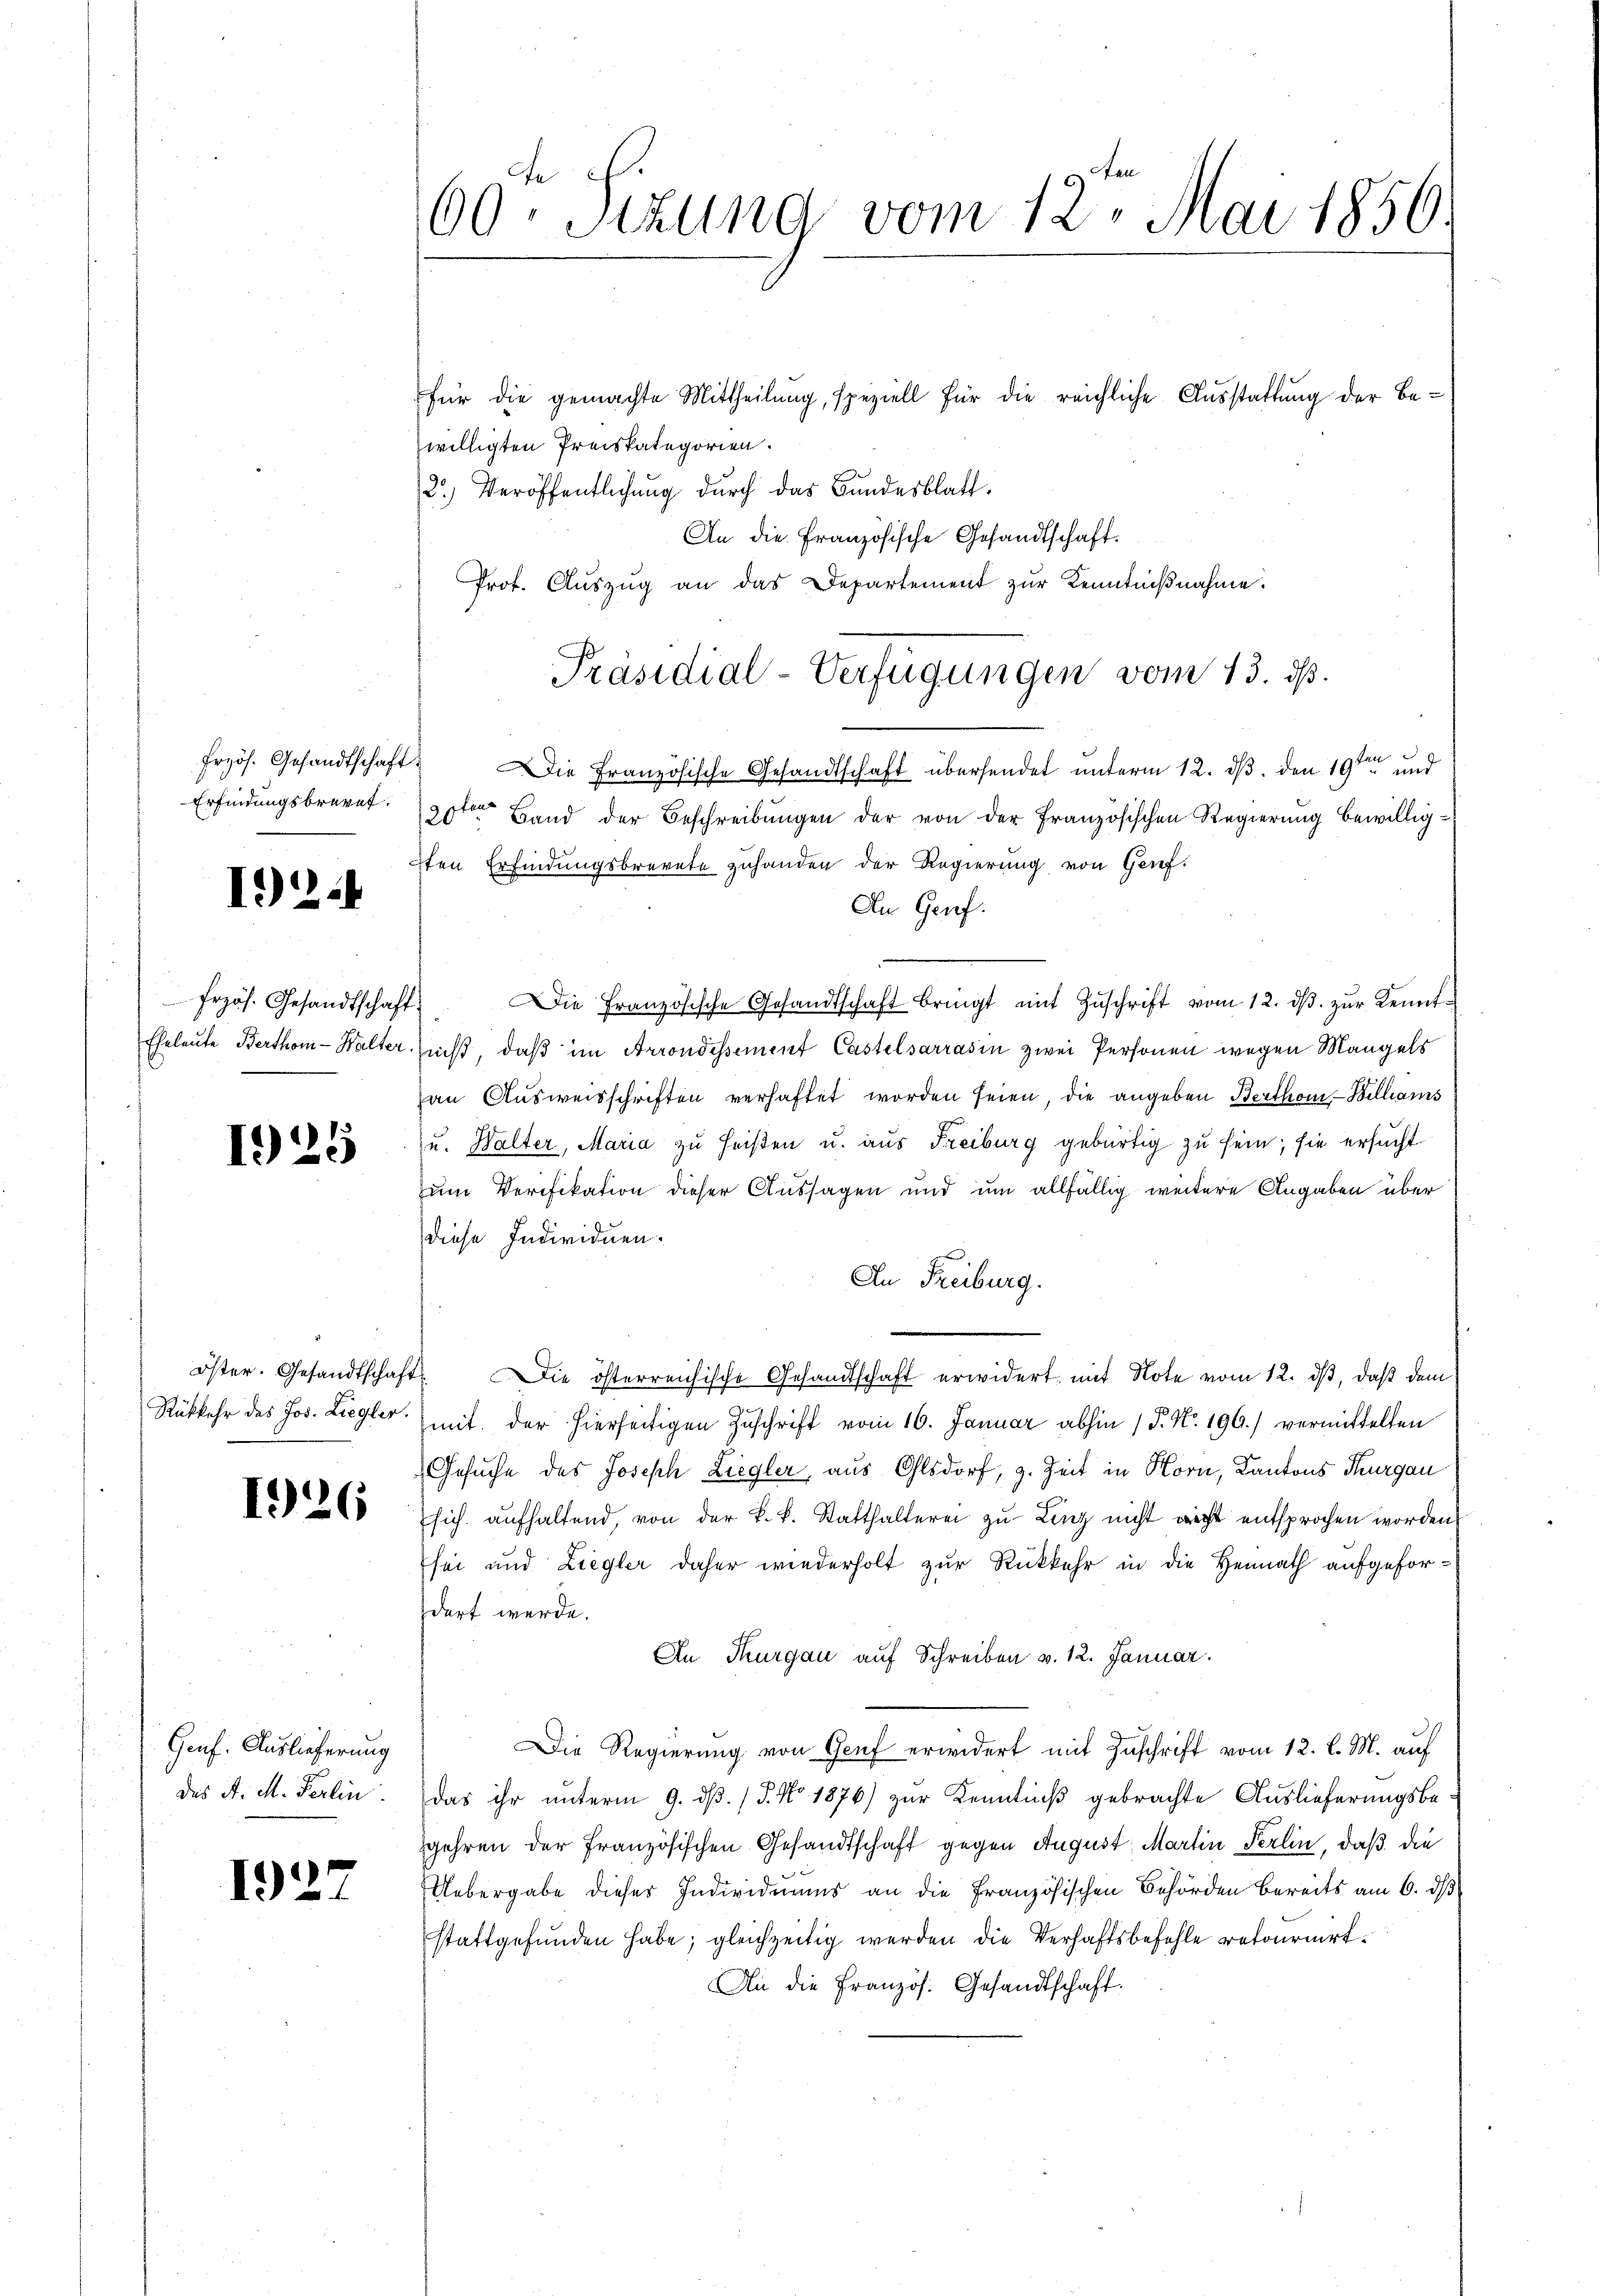
frzös. Gesandtschaft:
Erfindungsbruret.

192.

Frzös. Gesandtschaft.
Eheleute Berthom - Walter.

1925

öster. Gesandtschaft
Rükkehr des Jos. Liegler.

1926

Genf. Auslieferung
das A. M. Perlin

1927

60. Sitzung vom 12. Mai 1856

s

für die gemachte Mittheilung, speziell für die reichliche Ausstattung der Be-
willigten Preiskategorien.
2) Veröffentlichung durch das Bundesblatt.
An die Französische Gesandtschaft.
Prof. Aŭszŭg an das Departement zur Kenntniβnahme.
Die Französische Gesandtschaft übersendet unterm 12. ds. den 19ten und
20ten Band der Beschreibungen der von der Französischen Regierung bewillig¬
7ten Erfindungsbrevete zuhanden der Regierung von Genf.
An Genf.
Die Französische Gesandtschaft bringt mit Zŭschrift vom 12. dβ zŭr Kennt-
nißt, daß im Arrondissement Castelsarrásin zwei Personen wegen Mangels
au Ausweisschriften verhaftet worden seien, die angeben Berthom, Billiams
u. Walter, Maria zu heißen u. aus Freiburg gebürtig zu sein; sie ersucht
um Verifikation dieser Aussagen und um allfällig weitere Angaben über
diese Individuen.
An Freiburg.
Die österreichische Gesandtschaft erwidert mit Note vom 12. ds, daß dem
mit der hierseitigen Zuschrift vom 16. Januar abhin 1 S. No. 196.) vermittelten
Gesuche des Joseph Ziegler, aus Olsdorf, z. Zeit in Horn, Kantons Thurgau
sich aufhaltend von der k. k. Statthalterei zu Linz nicht richt entsprochen worden
sei und Ziegler daher wiederholt zur Rückkehr in die Heimath aufgefordert werde.
An Thurgau auf Schreiben v. 12. Januar.
Die Regierung von Genf erwidert mit Zuschrift vom 12. l. M. auf
Das ihr unterm 9. ds. / 5. No 1876) zur Kenntniß gebrachte Auslieferungsbegehren der Französischen Gesandtschaft gegen August, Martin Perlin, daß die
Uebergabe dieser Individuums an die Französischen Behörden bereits am 6. ds
stattgefunden habe; gleichzeitig werden die Verhaftsbefehle retournirt
An die Französ. Gesandtschaft.

Präsidial-Verfügungen vom 13. ds.